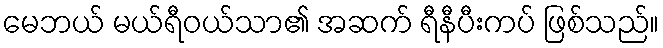
မေဘယ် မယ်ရီဝယ်သာ၏ အဆက် ရီနီပီးကပ် ဖြစ်သည်။